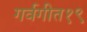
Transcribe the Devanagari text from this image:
गर्वगीत१९